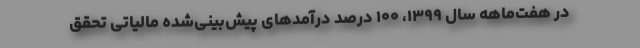
در هفت‌ماهه سال ۱۳۹۹، ۱۰۰ درصد درآمدهای پیش‌بینی‌شده مالیاتی تحقق